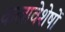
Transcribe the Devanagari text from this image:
कलावेशेषों